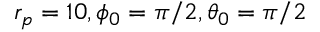
r _ { p } = 1 0 , \phi _ { 0 } = \pi / 2 , \theta _ { 0 } = \pi / 2